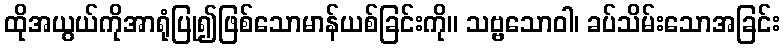
ထိုအယွယ်ကိုအာရုံပြု၍ဖြစ်သောမာန်ယစ်ခြင်းကို။ သဗ္ဗသောဝါ၊ ခပ်သိမ်းသောအခြင်း